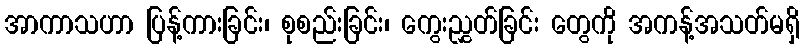
အာကာသဟာ ပြန့်ကားခြင်း၊ စုစည်းခြင်း၊ ကွေးညွှတ်ခြင်း တွေကို အကန့်အသတ်မရှိ